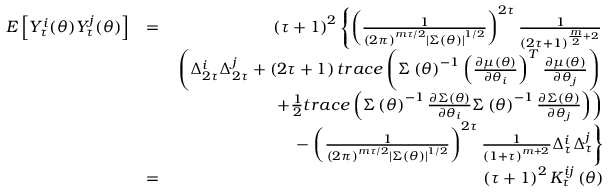
\begin{array} { r l r } { E \left[ Y _ { \tau } ^ { i } ( \boldsymbol { \theta } ) Y _ { \tau } ^ { j } ( \boldsymbol { \theta } ) \right] } & { = } & { \left( \tau + 1 \right) ^ { 2 } \left\{ \left( \frac { 1 } { \left( 2 \pi \right) ^ { m \tau / 2 } \left\vert \boldsymbol { \Sigma } \left( \boldsymbol { \theta } \right) \right\vert ^ { 1 / 2 } } \right) ^ { 2 \tau } \frac { 1 } { \left( 2 \tau + 1 \right) ^ { \frac { m } { 2 } + 2 } } \right. } \\ & { } & { \left. \left( \Delta _ { 2 \tau } ^ { i } \Delta _ { 2 \tau } ^ { j } + \left( 2 \tau + 1 \right) t r a c e \left( \boldsymbol { \Sigma } \left( \boldsymbol { \theta } \right) ^ { - 1 } \left( \frac { \partial \boldsymbol { \mu } \left( \boldsymbol { \theta } \right) } { \partial \theta _ { i } } \right) ^ { T } \frac { \partial \boldsymbol { \mu } \left( \boldsymbol { \theta } \right) } { \partial \theta _ { j } } \right) \right. \right. } \\ & { } & { \left. \left. + \frac { 1 } { 2 } t r a c e \left( \boldsymbol { \Sigma } \left( \boldsymbol { \theta } \right) ^ { - 1 } \frac { \partial \boldsymbol { \Sigma } \left( \boldsymbol { \theta } \right) } { \partial \theta _ { i } } \boldsymbol { \Sigma } \left( \boldsymbol { \theta } \right) ^ { - 1 } \frac { \partial \boldsymbol { \Sigma } \left( \boldsymbol { \theta } \right) } { \partial \theta _ { j } } \right) \right) \right. } \\ & { } & { - \left. \left( \frac { 1 } { \left( 2 \pi \right) ^ { m \tau / 2 } \left\vert \boldsymbol { \Sigma } \left( \boldsymbol { \theta } \right) \right\vert ^ { 1 / 2 } } \right) ^ { 2 \tau } \frac { 1 } { \left( 1 + \tau \right) ^ { m + 2 } } \Delta _ { \tau } ^ { i } \Delta _ { \tau } ^ { j } \right\} } \\ & { = } & { \left( \tau + 1 \right) ^ { 2 } K _ { \tau } ^ { i j } \left( \boldsymbol { \theta } \right) } \end{array}